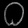
Digit: ၀